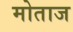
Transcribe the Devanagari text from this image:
मोताज